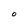
Character: O